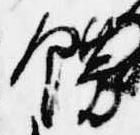
餝